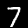
Label: 7